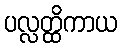
ပလ္လတ္ထိကာယ